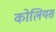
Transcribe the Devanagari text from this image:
कोलियस